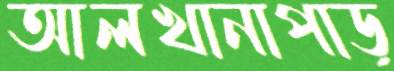
আলখানাপাড়